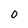
Character: 0